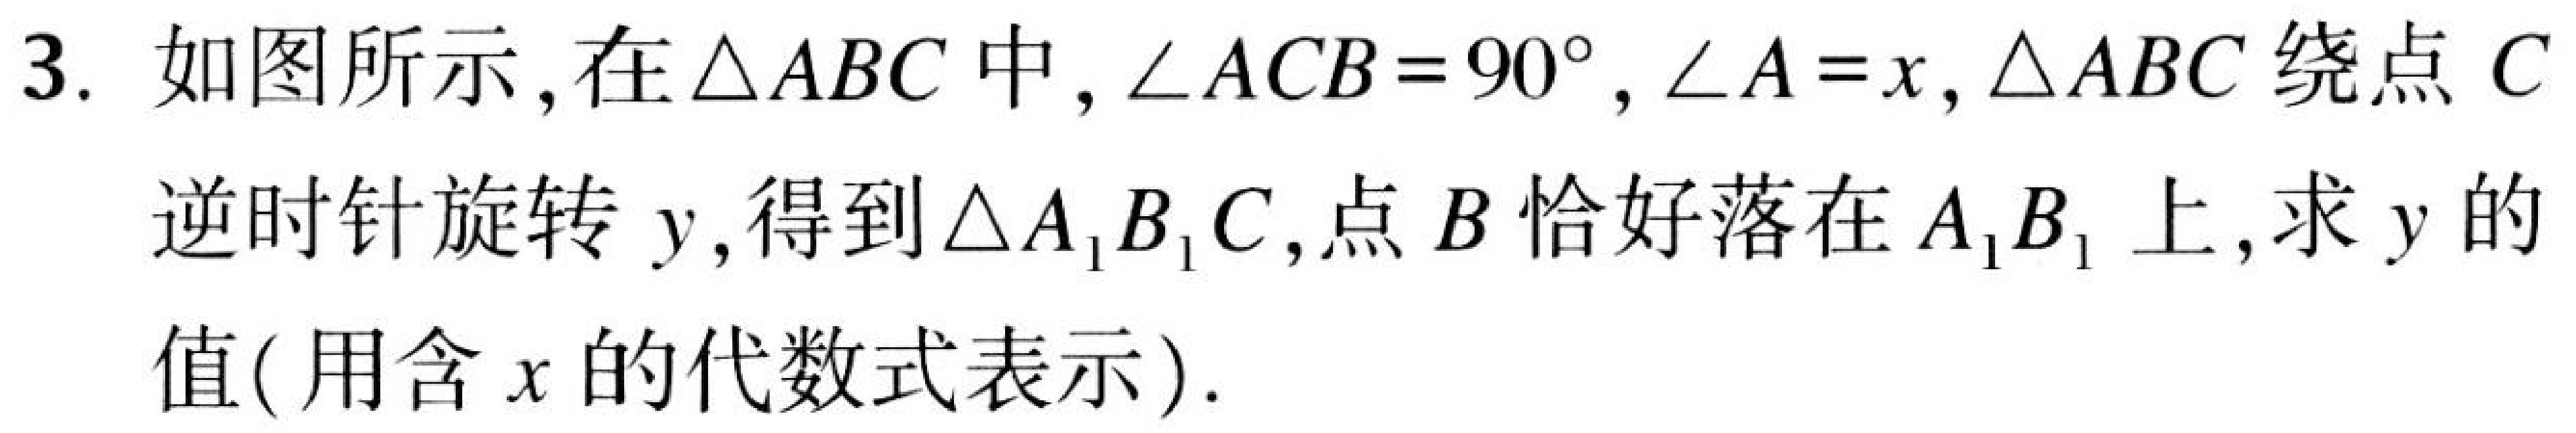
3. 如图所示，在$\triangle ABC$中，$\angle ACB = 90^{\circ}$，$\angle A = x$，$\triangle ABC$绕点$C$逆时针旋转$y$，得到$\triangle A_{1}B_{1}C$，点$B$恰好落在$A_{1}B_{1}$上，求$y$的值(用含$x$的代数式表示).